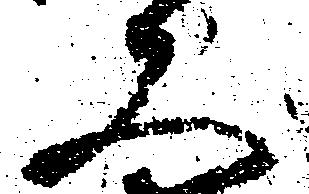
又